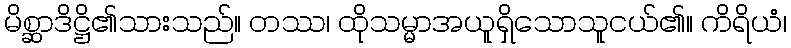
မိစ္ဆာဒိဋ္ဌိ၏သားသည်။ တဿ၊ ထိုသမ္မာအယူရှိသောသူငယ်၏။ ကိရိယံ၊